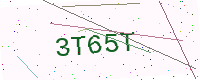
Text: 3T65T